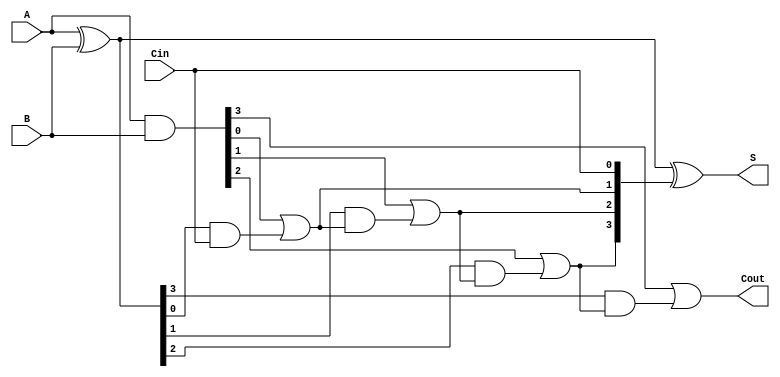
module ling_adder #(
    parameter N = 4  // You can adjust N for different bit widths
)(
    input  [N-1:0] A,      // First n-bit input
    input  [N-1:0] B,      // Second n-bit input
    input         Cin,      // Carry-in
    output [N-1:0] S,      // Sum output
    output        Cout      // Carry-out
);

    wire [N-1:0] G;        // Generate signals
    wire [N-1:0] P;        // Propagate signals
    wire [N:0] C;          // Carry signals (C[0] = Cin, C[N] = Cout)

    // Generate and Propagate calculations
    assign G = A & B;                  // Generate: G[i] = A[i] & B[i]
    assign P = A ^ B;                  // Propagate: P[i] = A[i] ^ B[i]
    
    // Carry calculation
    assign C[0] = Cin;                 // C[0] = Cin
    genvar i;
    generate
        for (i = 0; i < N; i = i + 1) begin : carry_gen
            assign C[i + 1] = G[i] | (P[i] & C[i]); // C[i+1] = G[i] + (P[i] * C[i])
        end
    endgenerate

    // Sum calculation
    assign S = P ^ C[N-1:0];           // S[i] = P[i] ^ C[i]

    // Carry-out
    assign Cout = C[N];                // Cout = C[N]

endmodule